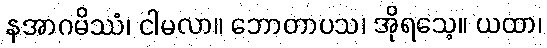
နအာဂမိဿံ၊ ငါမလာ။ ဘောတာပသ၊ အိုရသေ့။ ယထာ၊